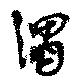
渭